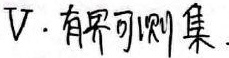
V. 有界可测集.